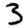
Digit: 3